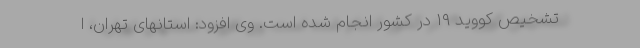
تشخیص کووید ۱۹ در کشور انجام شده است. وی افزود: استانهای تهران، ا